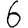
Digit: 6